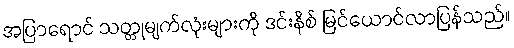
အပြာရောင် သတ္တုမျက်လုံးများကို ဒင်းနိစ် မြင်ယောင်လာပြန်သည်။